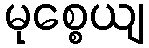
မုစ္စေယျ